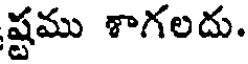
ష్టము శాగలదు.